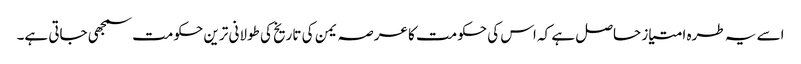
اسے یہ طرہ امتیاز حاصل ہے کہ اس کی حکومت کا عرصہ یمن کی تاریخ کی طولانی ترین حکومت سمجھی جاتی ہے۔